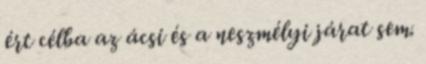
ért célba az ácsi és a neszmélyi járat sem.